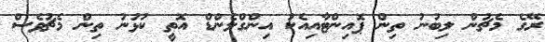
ރޭގެ މެޗުން ލިބުނު ތިން ޕޮއިންޓާއިއެކު އިންގްލެންޑް އޮތީ ކުޅުނު ތިން މެޗުވެސް